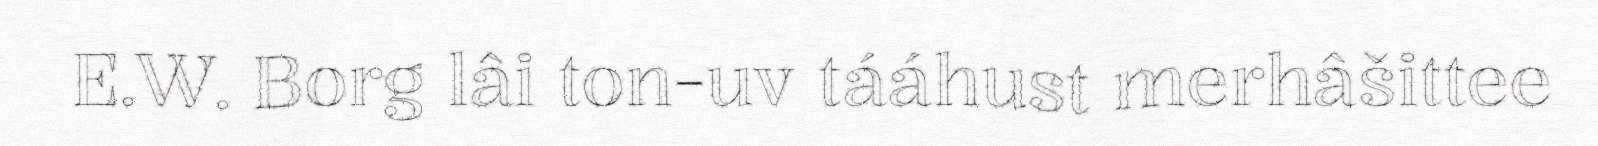
E.W. Borg lâi ton-uv tááhust merhâšittee